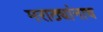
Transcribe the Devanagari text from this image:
मराठ्यांनाच